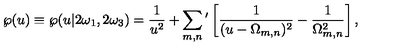
\wp ( u ) \equiv \wp ( u | 2 \omega _ { 1 } , 2 \omega _ { 3 } ) = { \frac { 1 } { u ^ { 2 } } } + \sum _ { m , n } { } ^ { \prime } \left[ { \frac { 1 } { ( u - \Omega _ { m , n } ) ^ { 2 } } } - { \frac { 1 } { \Omega _ { m , n } ^ { 2 } } } \right] ,